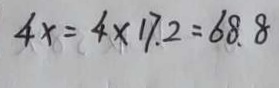
4 x = 4 \times 1 7 . 2 = 6 8 . 8